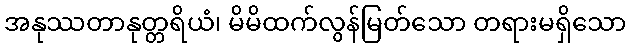
အနုဿတာနုတ္တရိယံ၊ မိမိထက်လွန်မြတ်သော တရားမရှိသော